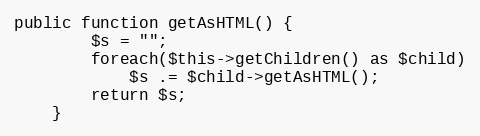
Language: PHP
public function getAsHTML() {
        $s = "";
        foreach($this->getChildren() as $child)
            $s .= $child->getAsHTML();
        return $s;
    }